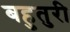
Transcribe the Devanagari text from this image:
बहुतुरी